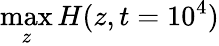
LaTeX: \operatorname*{max}_{z}H(z,t=10^{4})